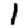
Digit: 1